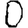
Digit: 0